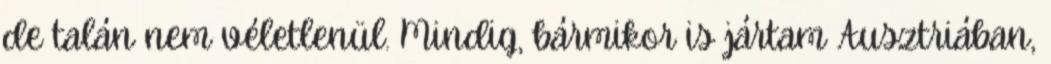
de talán nem véletlenül. Mindig, bármikor is jártam Ausztriában,